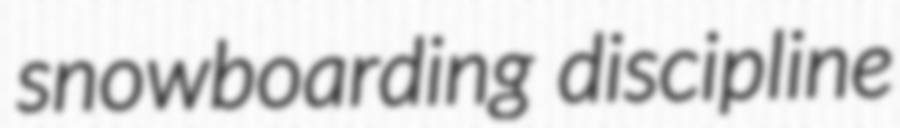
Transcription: snowboarding discipline